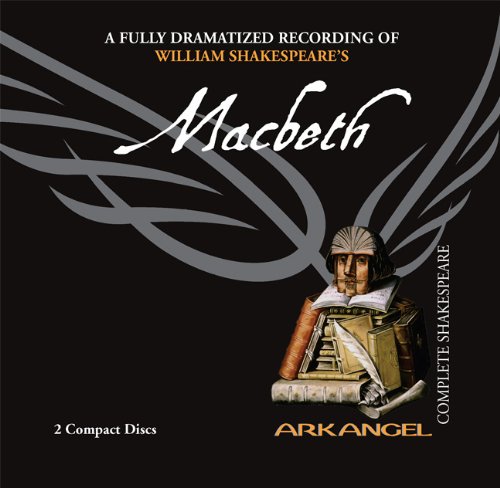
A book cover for Macbeth (Arkangel Shakespeare); William Shakespeare; Literature & Fiction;